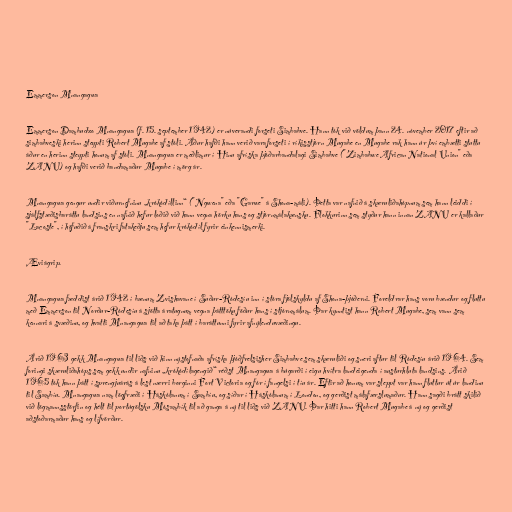
Emmerson Mnangagwa

Emmerson Dambudzo Mnangagwa (f. 15. september 1942) er núverandi forseti Simbabve. Hann tók við völdum þann 24. nóvember 2017 eftir að
simbabveski herinn steypti Robert Mugabe af stóli. Áður hafði hann verið varaforseti í ríkisstjórn Mugabe en Mugabe rak hann úr því embætti stuttu
áður en herinn steypti honum af stóli. Mnangagwa er meðlimur í Hinu afríska þjóðarbandalagi Simbabve ("Zimbabwe African National Union" eða
ZANU) og hafði verið bandamaður Mugabe í mörg ár.

Mnangagwa gengur undir viðurnefninu „krókódíllinn“ ("Ngwena" eða "Garwe" á Shona-máli). Þetta var nafnið á skæruliðahópnum sem hann leiddi í
sjálfstæðisbaráttu landsins en nafnið hefur loðið við hann vegna hörku hans og stjórnmálakænsku. Flokkurinn sem styður hann innan ZANU er kallaður
"Lacoste", í höfuðið á franskri fatakeðju sem hefur krókódíl fyrir einkennismerki.

Æviágrip.

Mnangagwa fæddist árið 1942 í bænum Zvishavane í Suður-Ródesíu inn í stóra fjölskyldu af Shona-þjóðerni. Foreldrar hans voru bændur og fluttu
með Emmerson til Norður-Ródesíu á sjötta áratugnum vegna þátttöku föður hans í stjórnmálum. Þar kynntist hann Robert Mugabe, sem vann sem
kennari á svæðinu, og hvatti Mnangagwa til að taka þátt í baráttunni fyrir afnýlenduvæðingu.

Árið 1963 gekk Mnangagwa til liðs við hinn nýstofnaða afríska þjóðfrelsisher Simbabve sem skæruliði og sneri aftur til Ródesíu árið 1964. Sem
foringi skæruliðahóps sem gekk undir nafninu „krókódílagengið“ réðst Mnangagwa á búgarði í eigu hvítra landeigenda í austurhluta landsins. Árið
1965 tók hann þátt í sprengjuárás á lest nærri borginni Fort Victoria og fór í fangelsi í tíu ár. Eftir að honum var sleppt var hann fluttur út úr landinu
til Sambíu. Mnangagwa nam lögfræði í Háskólanum í Sambíu, og síðar í Háskólanum í London, og gerðist málafærslumaður. Hann sagði brátt skilið
við lögmannsstörfin og hélt til portúgölsku Mósambík til að ganga á ný til liðs við ZANU. Þar hitti hann Robert Mugabe á ný og gerðist
aðstoðarmaður hans og lífvörður.